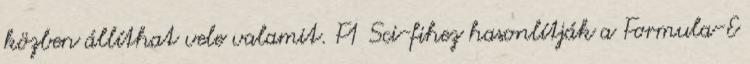
közben állíthat vele valamit. F1 Sci-fihez hasonlítják a Formula-E